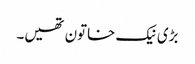
بڑی نیک خاتون تھیں۔